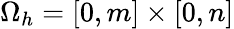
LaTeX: \Omega_{h}=[0,m]\times[0,n]